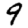
Digit: 9